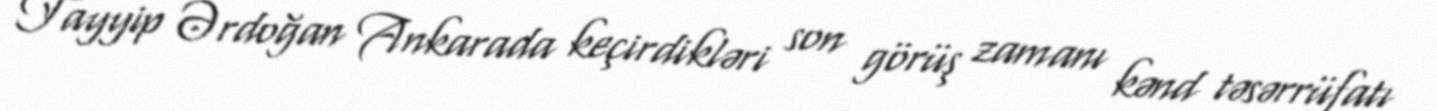
Tayyip Ərdoğan Ankarada keçirdikləri son görüş zamanı kənd təsərrüfatı